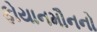
ફોયાનમૌનનો